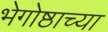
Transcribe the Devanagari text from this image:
भेगोष्ठाच्या